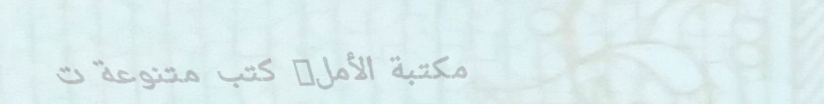
مكتبة الأمل: كتب متنوعة ت